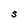
Character: S